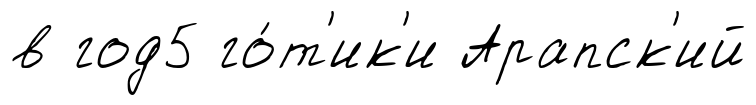
в год5 го́т'ик'и Арапск'ий